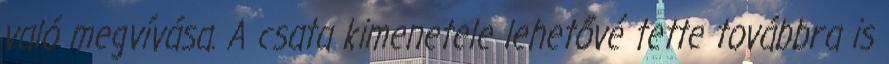
való megvívása. A csata kimenetele lehetővé tette továbbra is